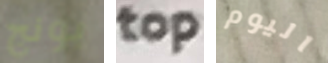
بونج top اليوم